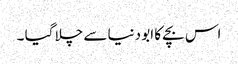
اس بچے کا ابو دنیا سے چلا گیا ۔